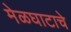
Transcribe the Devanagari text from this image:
मेळघाटाचे